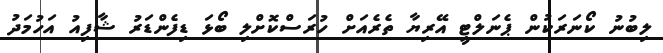
ލިބުނު ކޯނަރަކުން ޕެނަލްޓީ އޭރިޔާ ތެރެއަށް ހުރަސްކޮށްލި ބޯޅަ ޑިފެންޑަރު ޝާފިއު އަހުމަދު